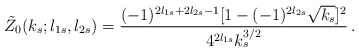
\begin{align*}\tilde Z_0(k_s;l_{1s},l_{2s})=\frac{(-1)^{2l_{1s}+2l_{2s}-1}[1-(-1)^{2l_{2s}}\sqrt{k_s}]^2}{4^{2l_{1s}}k_s^{3/2}}\,.\end{align*}